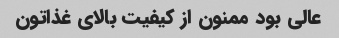
عالى بود ممنون از کیفیت بالاى غذاتون